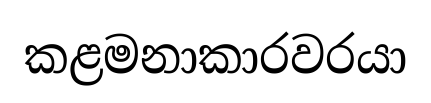
කළමනාකාරවරයා